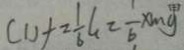
( 1 ) + = \frac { 1 } { 6 } G = \frac { 1 } { b } x m g